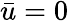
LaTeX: \bar{u}=0